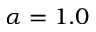
\alpha = 1 . 0